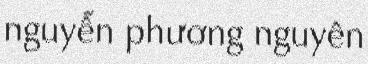
nguyễn phương nguyên